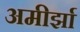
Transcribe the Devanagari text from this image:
अमीर्झा